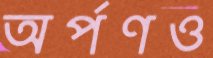
অর্পণও